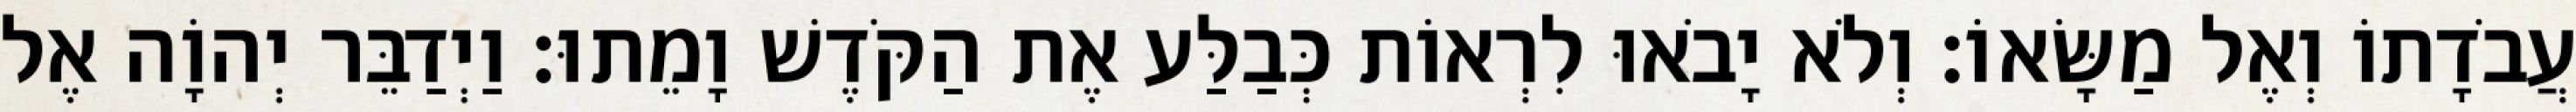
עֲבֹדָתוֹ וְאֶל מַשָּׂאוֹ׃ וְלֹא יָבֹאוּ לִרְאוֹת כְּבַלַּע אֶת הַקֹּדֶשׁ וָמֵתוּ׃ וַיְדַבֵּר יְהוָֹה אֶל